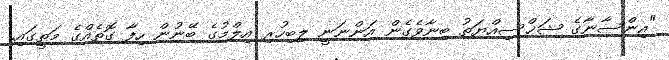
"އިންސާނާގެ ޝަޚްސިއްޔަތު ބިނާވެގެން އަންނަނީ ލިބިހުރި އިލްމުގެ ބޭނުން ހިފާ ގޮތެއްގެ މަތީގައި.